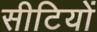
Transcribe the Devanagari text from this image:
सीटियों